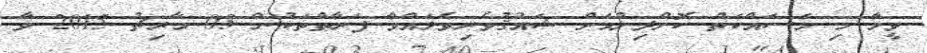
ވީމާ މި މަސައްކަތް ކޮށްދިނުމަށް ޝައުޤުވެރިވެލައްވާ ފަރާތްތަކުން 03 މާރިޗު 2015 ވާ